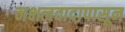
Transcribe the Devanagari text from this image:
नक्षलवादापासून